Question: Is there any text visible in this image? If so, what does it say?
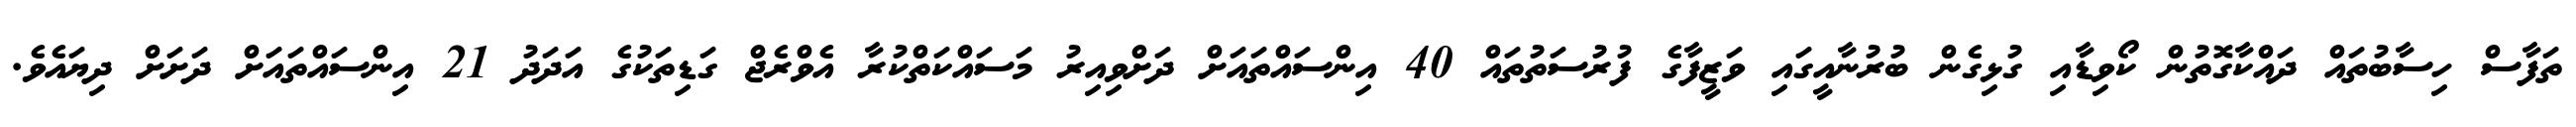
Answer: ތަފާސް ހިސާބުތައް ދައްކާގޮތުން ކޯވިޑާއި ގުޅިގެން ބުރުނާއީގައި ވަޒީފާގެ ފުރުސަތުތައް 40 އިންސައްތައަށް ދަށްވިއިރު މަސައްކަތްކުރާ އެވްރެޖް ގަޑިތަކުގެ އަދަދު 21 އިންސައްތައަށް ދަށަށް ދިޔައެވެ.